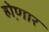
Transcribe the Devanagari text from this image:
हो़णार